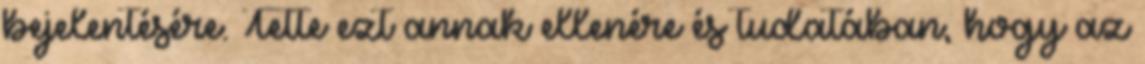
bejelentésére. Tette ezt annak ellenére és tudatában, hogy az